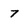
Character: 7